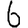
Digit: 6